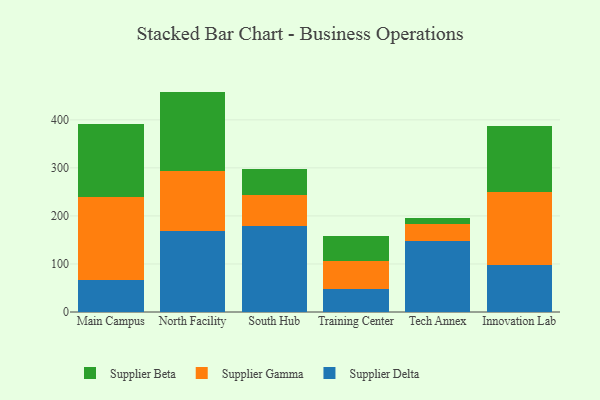
{"axis": {"x": "Campus", "y": "Energy Usage (MWh)"}, "legend": ["Supplier Beta", "Supplier Delta", "Supplier Gamma"], "data": [{"x": "Main Campus", "y": 67.6, "type": "Supplier Delta"}, {"x": "Main Campus", "y": 172.0, "type": "Supplier Gamma"}, {"x": "Main Campus", "y": 151.4, "type": "Supplier Beta"}, {"x": "North Facility", "y": 167.7, "type": "Supplier Delta"}, {"x": "North Facility", "y": 126.4, "type": "Supplier Gamma"}, {"x": "North Facility", "y": 164.7, "type": "Supplier Beta"}, {"x": "South Hub", "y": 178.1, "type": "Supplier Delta"}, {"x": "South Hub", "y": 65.0, "type": "Supplier Gamma"}, {"x": "South Hub", "y": 55.6, "type": "Supplier Beta"}, {"x": "Training Center", "y": 47.6, "type": "Supplier Delta"}, {"x": "Training Center", "y": 59.1, "type": "Supplier Gamma"}, {"x": "Training Center", "y": 51.6, "type": "Supplier Beta"}, {"x": "Tech Annex", "y": 147.3, "type": "Supplier Delta"}, {"x": "Tech Annex", "y": 36.7, "type": "Supplier Gamma"}, {"x": "Tech Annex", "y": 11.4, "type": "Supplier Beta"}, {"x": "Innovation Lab", "y": 98.8, "type": "Supplier Delta"}, {"x": "Innovation Lab", "y": 151.5, "type": "Supplier Gamma"}, {"x": "Innovation Lab", "y": 137.1, "type": "Supplier Beta"}]}